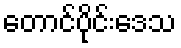
တောင်ပိုင်းဒေသ